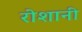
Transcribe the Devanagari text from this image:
रोशानी